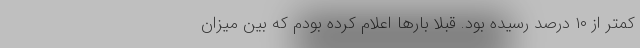
کمتر از ۱۰ درصد رسیده بود. قبلا بارها اعلام کرده بودم که بین میزان